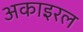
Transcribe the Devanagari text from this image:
अकाइरल